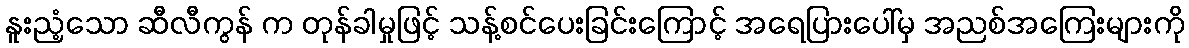
နူးညံ့သော ဆီလီကွန် က တုန်ခါမှုဖြင့် သန့်စင်ပေးခြင်းကြောင့် အရေပြားပေါ်မှ အညစ်အကြေးများကို